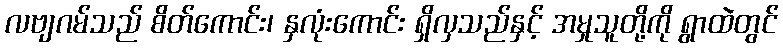
လဗျဂမ်သည် စိတ်ကောင်း၊ နှလုံးကောင်း ရှိလှသည်နှင့် အမှုသူတို့ကို ရွာထဲတွင်